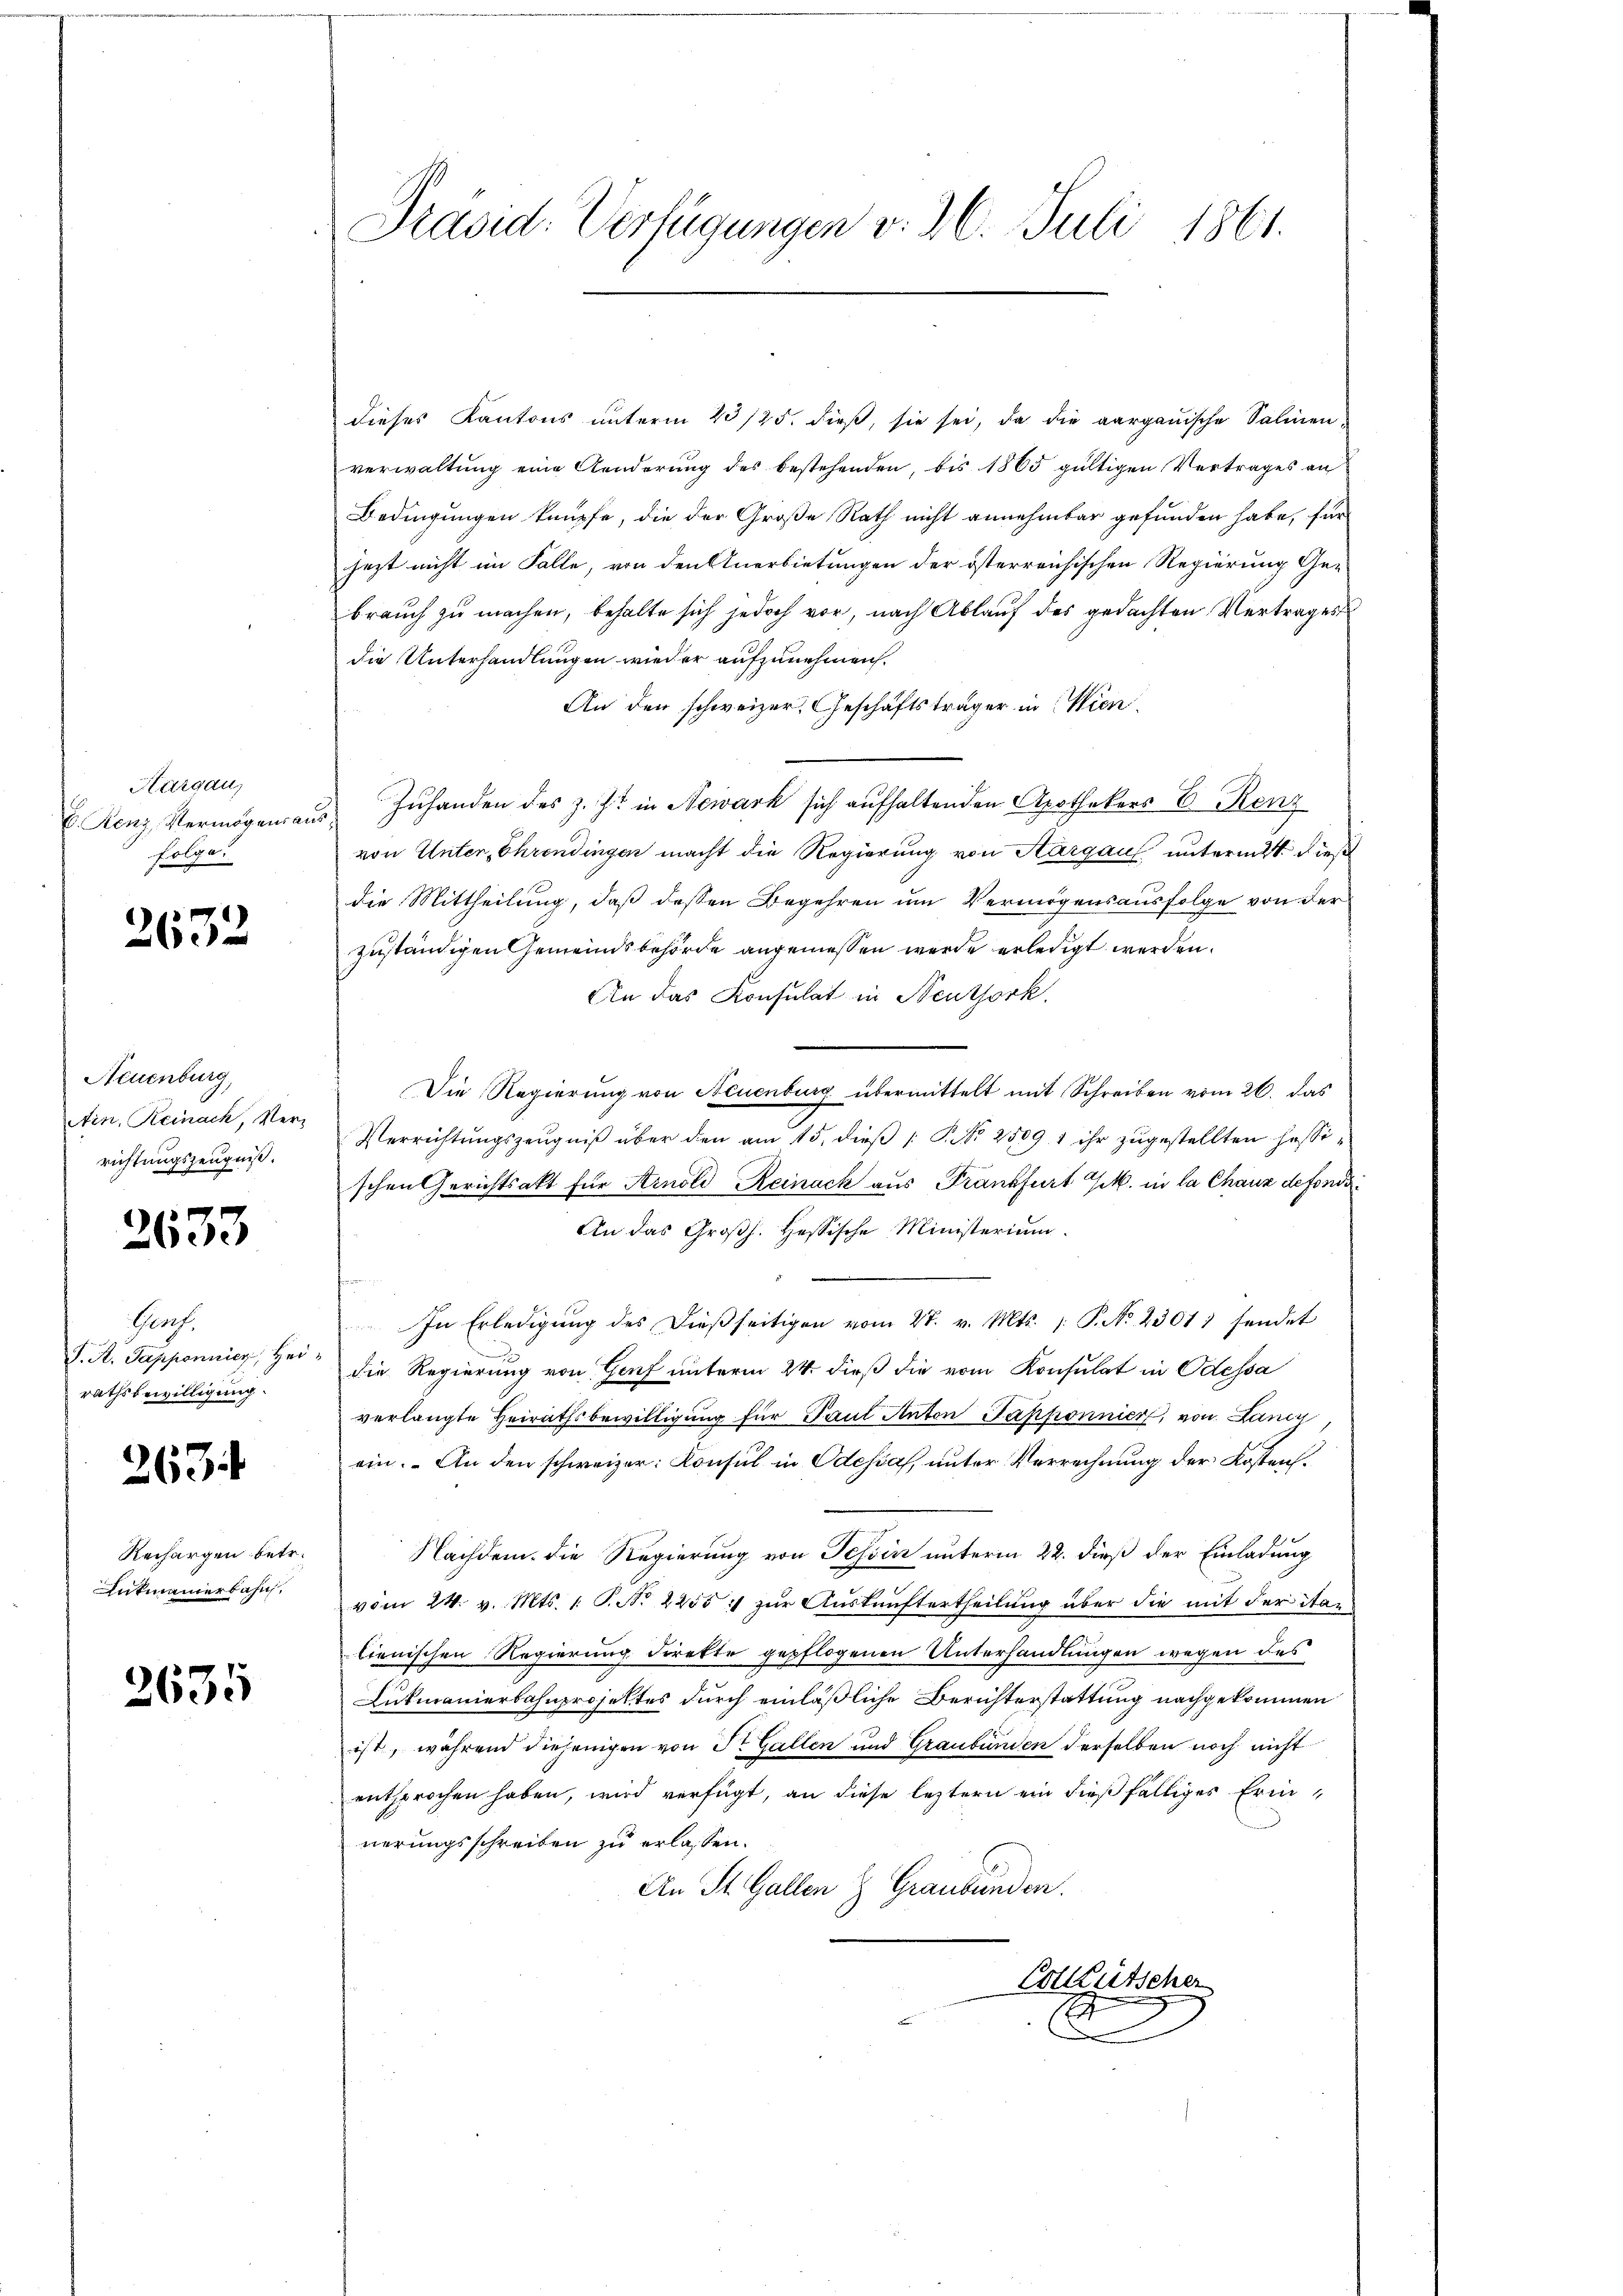
Thurgau,
V. Renz, Vermögens an
folge.

2632

Neuenburg,
Ain, Reinach, Ver-
richtungszeugniß.

2633

Prof.
J. A. Tapponier, Her
rathsbewilligung.

263

Rechargen betr.
Antmannerbahn,

2635

Präsid. Verfügungen v. 26. Juli 1861.

dieses Kantons unterm 23/25. dieβ, sie sei, da die aargauische Salinen-
verwaltŭng eine Aenderŭng des bestehenden, bis 1865 gültigen Vertrages an
Bedingungen knüpfe, die der Große Rath nicht annehmbar gefunden habe, für
jezt nicht im Falle, von den Anerbietungen der österreichischen Regierung Gebrauch zu machen, behalte sich jedoch vor, nach Ablauf des gedachten Vertrages
die Unterhandlungen wieder aufzunehmen.
An den schweizer, Geschäftsträger in Wien
 Zuhanden des z. Zt. in Newark sich aufhaltenden Apothekers E. Renz
von Unter, Ehrendingen macht die Regierung von Aargau untermit dieß
die Mittheilung, daß dessen Begehren um Vermögensausfolge von der
zuständigen Gemeindsbehörde angemessen werde erledigt werden.
An das Konsulat in Neuthork
Die Regierŭng von Neuenburg übermittelt mit Schreiben vom 26. das
Verrichtungszeugniß über den am 15. dieß P. Nr. 2509. 1 ihr zugestellten Hessischen Gerichtsakt für Arnold Reinack aus Frankfurt G. in la Chaux defondi¬
An das Großh. Hessische Ministerium.
In Erledigŭng des dießseitigen vom 27. v. Mts. /: P. No 23011 sendet
die Regierung von Genf unterm 24. dieß die vom Konsulat in Odessa
verlangte Heirathsbewilligŭng für Paul Anton Japponnier, von Laner,
ein. An den schweizer: Konsul in Odessah, unter Verrechnung der Kosten.
Nachdem die Regierung von Tessin unterm 22. dieß der Einladung
vom 24. v. Mts. 1. P. N. 2255 :/ zur Auskunftertheilung über die mit der italienischen Regierung direkte gepflogenen Unterhandlungen wegen des
Lukmanierbahnprojektes durch einläßliche Berichterstattung nachgekommen
ist, während diejenigen von Sr. Gallen und Graubünden derselben noch nicht
entsprochen haben, wird verfügt, an diese leztern ein dießfälliges Erinnerungsschreiben zu erlassen.
An St. Gallen & Graubünden.
Colkutscher
g

l